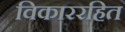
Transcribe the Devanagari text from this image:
विकाररहित